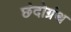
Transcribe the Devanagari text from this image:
छंदोग्रंथ